Document type: Dowry acquittance
Year: 1427
Scribe: Pere Tarafa
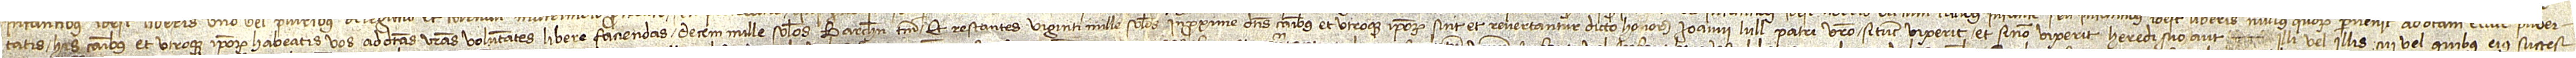
tatis; his casibus et utroque ipsorum habeatis vos ad dictas vestras voluntates libere faciendas decem mille solidos Barchinone terni, et restantes viginti mille solidos in proxime dictis casibus et utroque ipsorum sint et revertantur dicto honorabili Ioanni Lull, patri vestro, si tunc vixerit; et si non vixerit, heredi suo aut  illi vel illis cui vel quibus eius succes-